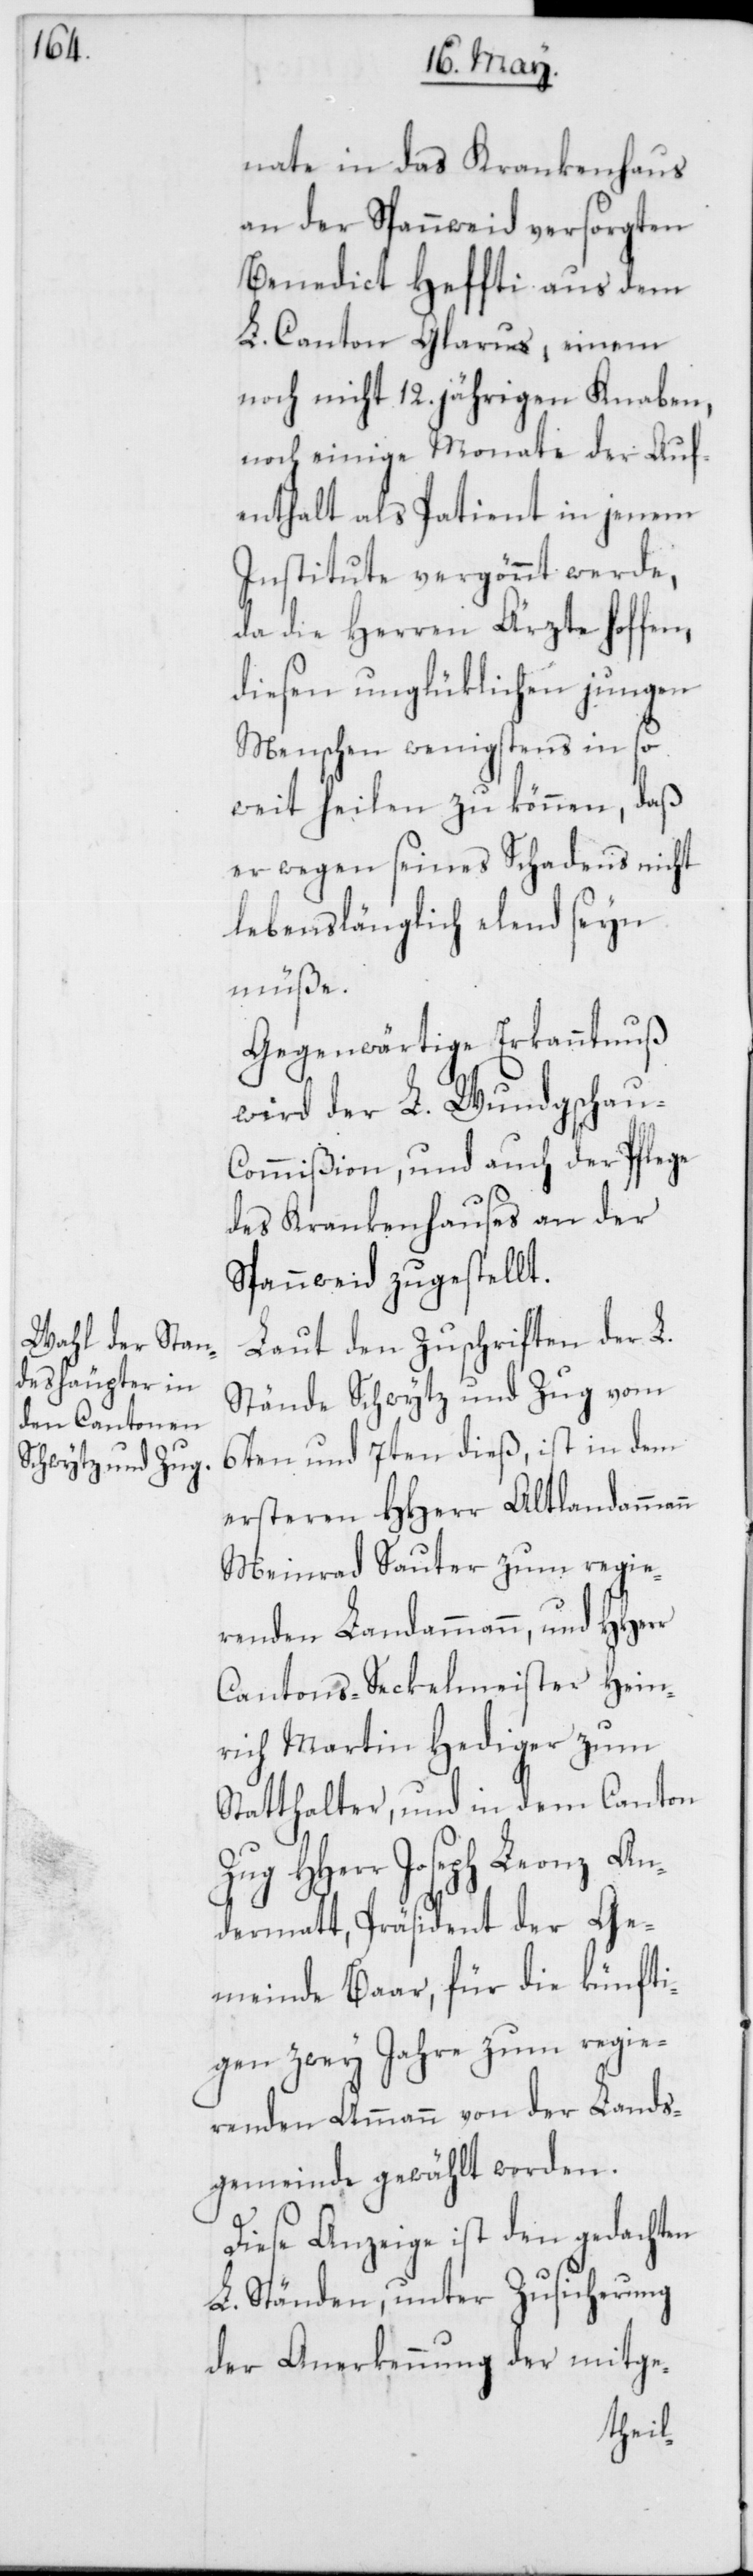
nate in das Krankenhaus
an der Spannweid versorgten
Benedict Heffti aus dem
L. Canton Glarus, einem
noch nicht 12. jährigen Knaben,
noch einige Monate der Auf¬
enthalt als Patient in jenem
Institute vergönnt werde,
da die Herren Ärzte hoffen,
diesen unglüklichen jungen
Menschen wenigstens in so
weit heilen zu können, daß
er wegen seines Schadens nicht
lebenslänglich elend seyn
müße.
Gegenwärtige Erkanntnuß
wird der L. Wundgschau-C¬
ommißion, und auch der Pflege
des Krankenhauses an der
Spannweid zugestellt.
Laut den Zuschriften der L.
Stände Schwytz und Zug vom
6ten und 7ten dieß, ist in dem
ersteren HHerr Altlandammann
Meinrad Sauter zum regie¬
renden Landammann, und HHerr
Cantons-Seckelmeister Hein¬
rich Martin Hediger zum
Statthalter; und in dem Canton
Zug HHerr Joseph Leonz An¬
dermatt, Präsident der Ge¬
meinde Baar, für die künfti¬
gen zwey Jahre zum regie¬
renden Ammann von der Lands¬
gemeinde gewählt worden.
Diese Anzeige ist den gedachten
L. Ständen, unter Zusicherung
der Anerkennung der mitge-